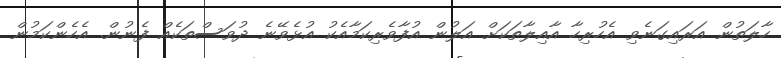
ހާލަތުން އަރައިގަނެވި އެހުރިހާ އާއިލާތަކަށް އަލުން އުފާވެރިކަމާއެކު އުޅެވޭނެ ދުވަސްތަކެއް ފެނުން. އެހެންކަމުން